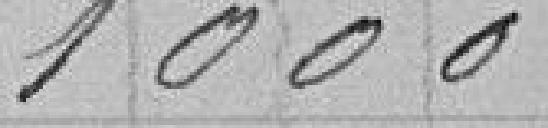
1000